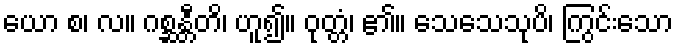
ယော စ၊ လ။ ဂစ္ဆန္တီတိ၊ ဟူ၍။ ဝုတ္တံ၊ ၏။ သေသေသုပိ၊ ကြွင်းသော